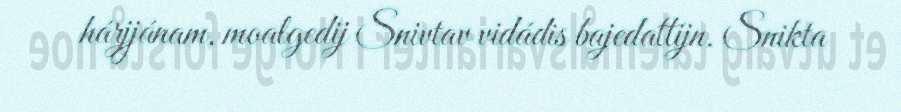
hárjjánam, moalgedij Snivtav vidádis bajedattijn. Snikta